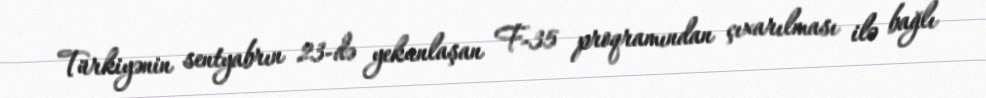
Türkiyənin sentyabrın 23-də yekunlaşan F-35 proqramından çıxarılması ilə bağlı